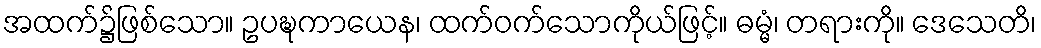
အထက်၌ဖြစ်သော။ ဥပဍ္ဎကာယေန၊ ထက်ဝက်သောကိုယ်ဖြင့်။ ဓမ္မံ၊ တရားကို။ ဒေသေတိ၊